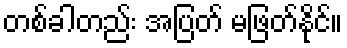
တစ်ခါတည်း အပြတ် မဖြတ်နိုင်။